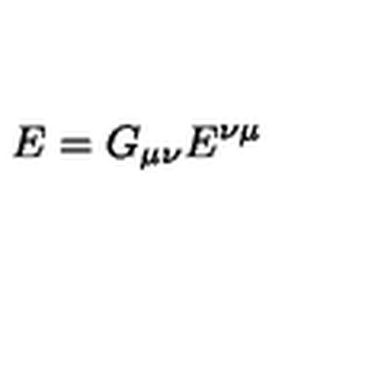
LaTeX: E = G _ { \mu \nu } E ^ { \nu \mu }